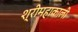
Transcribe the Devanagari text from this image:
श्रीमहाकाली